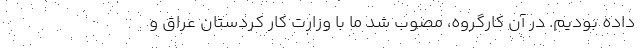
داده بودیم. در آن کارگروه، مصوب شد ما با وزارت کار کردستان عراق و